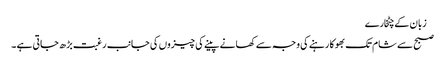
 زبان کے چٹخارے
صبح سے شام تک بھوکا رہنے کی وجہ سے کھانے پینے کی چیزوں کی جانب رغبت بڑ ھ جاتی ہے ۔